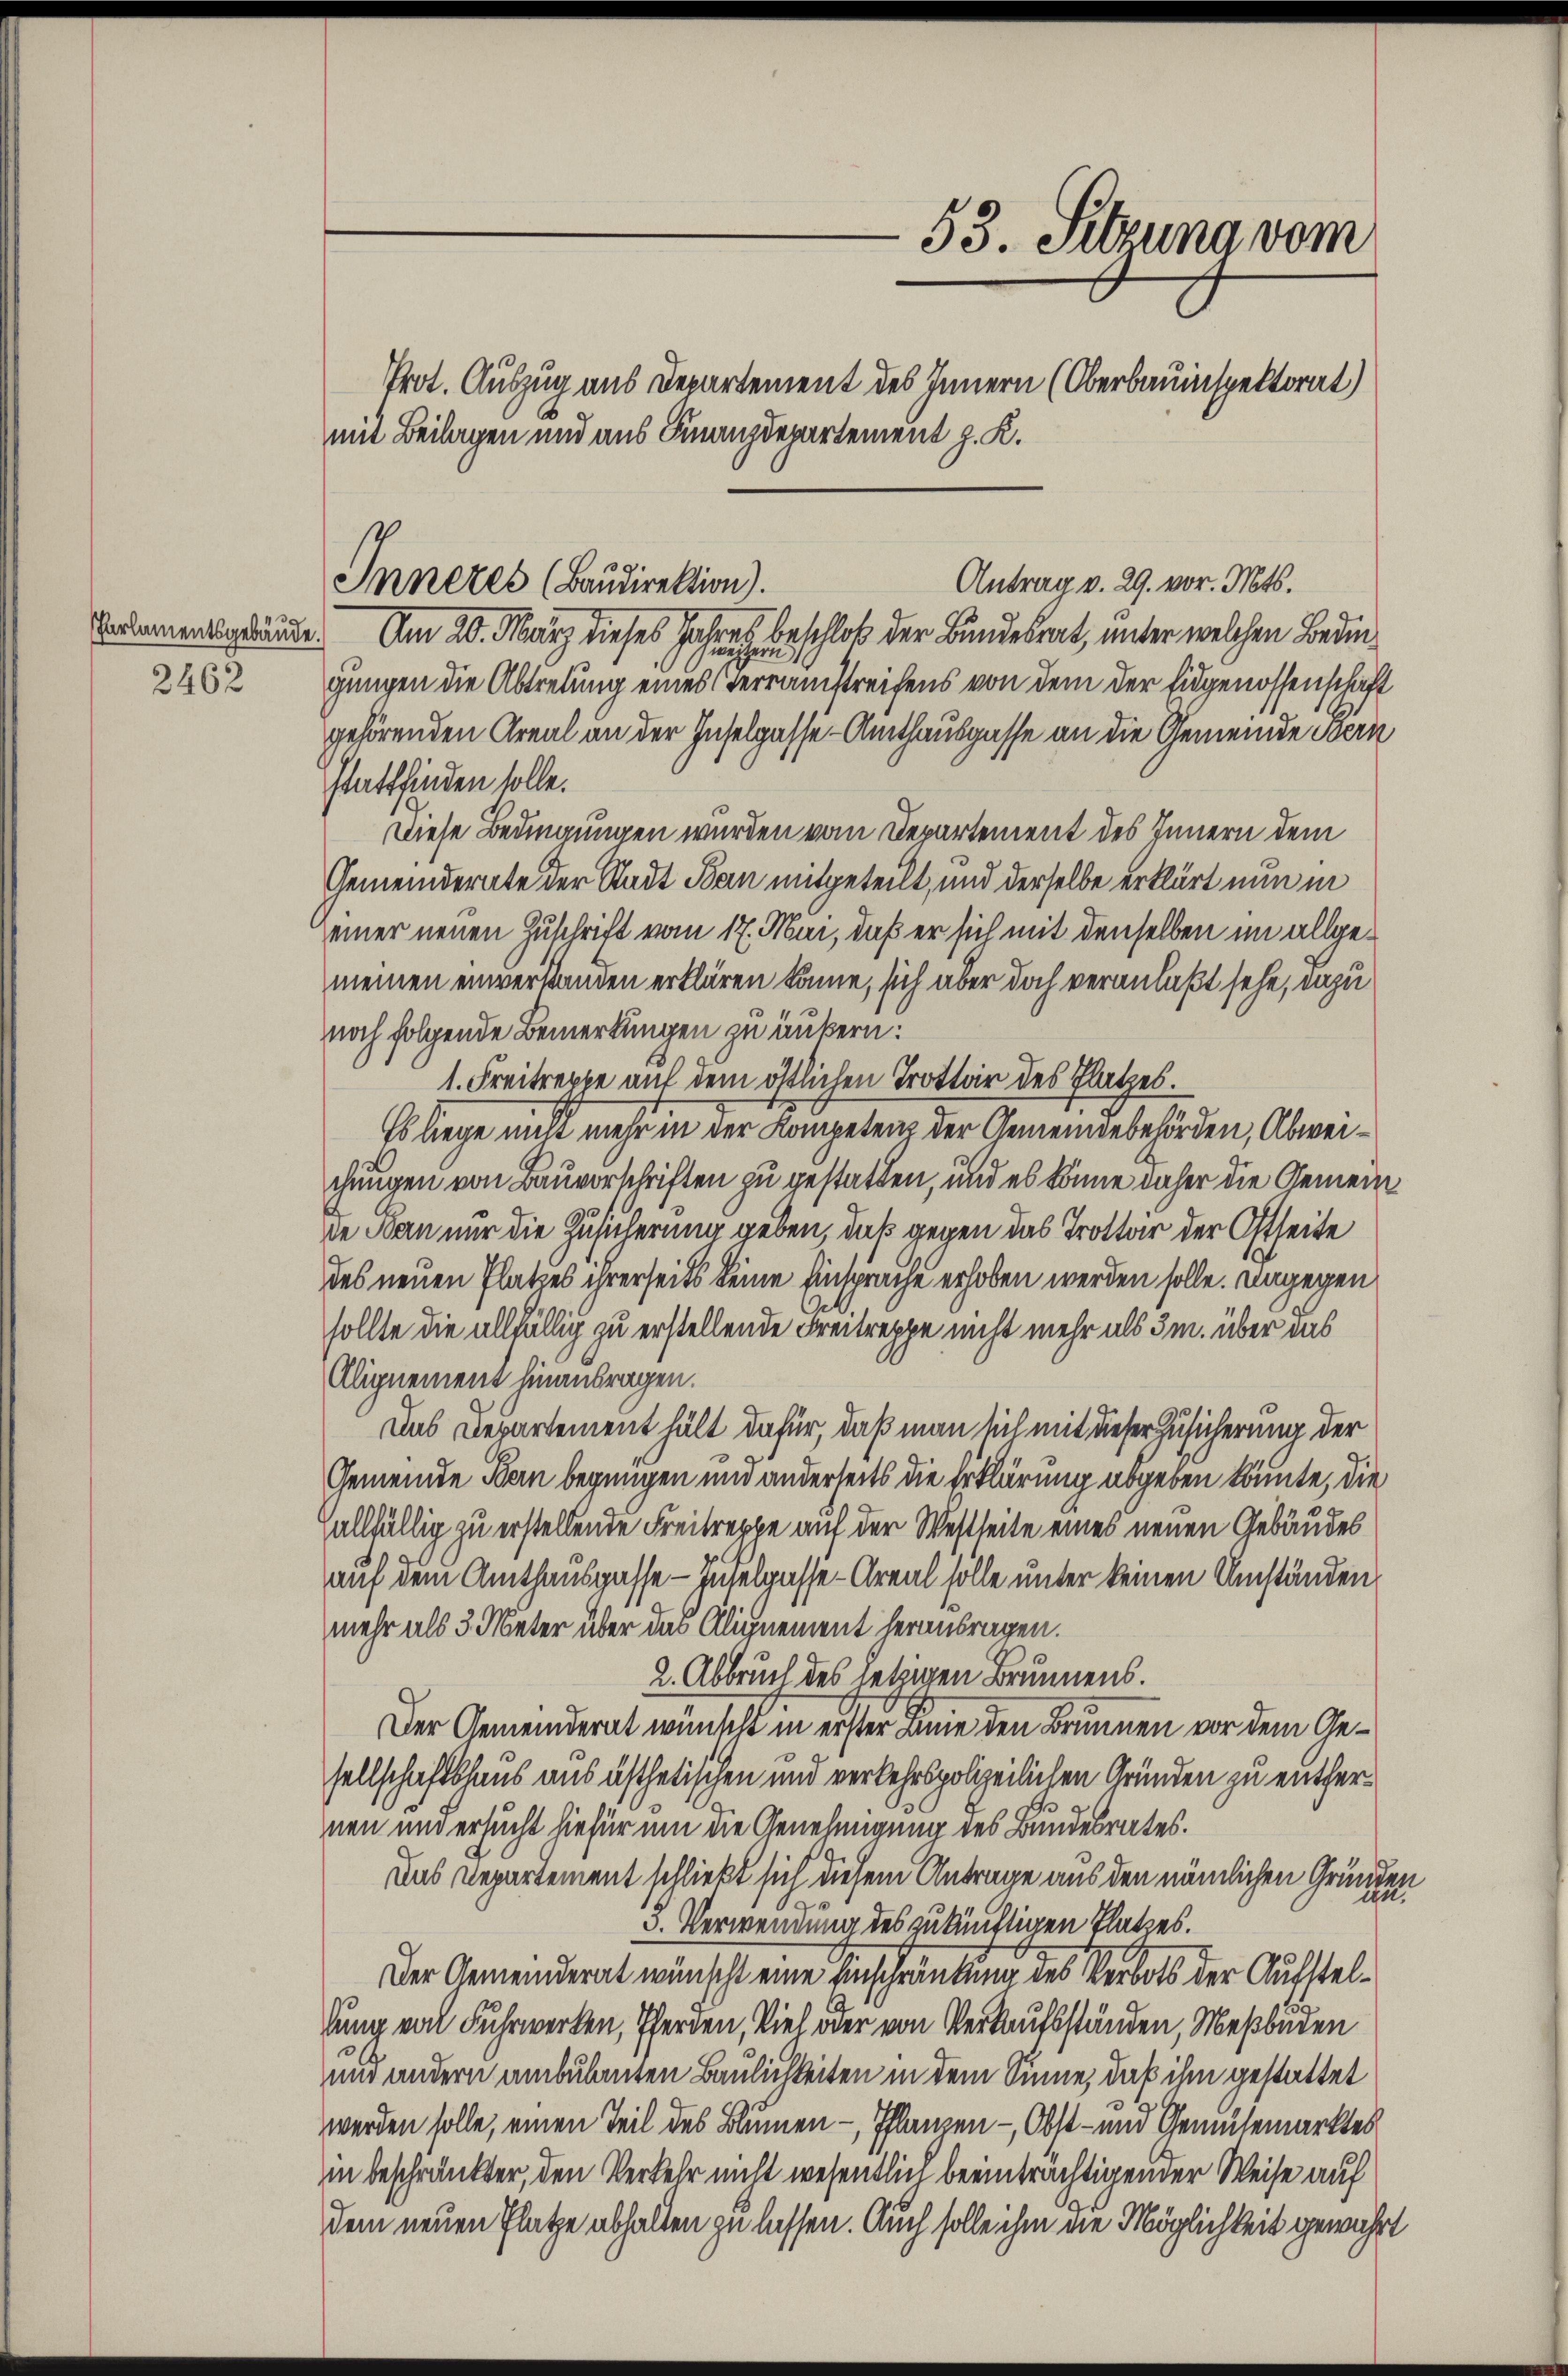
2462

mit Beilagen und aus Finanzdepartement z. K.

53. Sitzung vom
Prot. Auszug aus Departement des Innern (Oberbauinspektorat)

Erdamentsgebäude. Am 20. März dieses Jahres beschloß der Bundesrat, unter welchen Bedingungen die Abtretung eines Terrainstreichens von dem der Eidgenossenschaft
gehörenden Areal an der Inselgasse-Amthausgasse an die Gemeinde Bern
stattfinden solle.
Diese Bedingungen wurden vom Departement des Innern dem
Gemeindernte der Stadt Ban mitgeteilt, und derselbe erklärt nun in
einer neuen Zuschrift vom 17. Mai, daß er sich mit denselben im allgemeinen einverstanden erklären könne, sich aber doch veranlaßt sehe, dazu
noch folgende Bemerkungen zu untern:
1. Freitreppe auf dem östlichen Trottoir des Platzes.
Es liege nicht mehr in der Kompeten der Gemeindebehörden, Abweichungen von Bauvorschriften zu gestatten, und es könne daher die Gemeinde Bau nur die Zusicherung geben, daß gegen das Trottor der Ostseite
des neuen Platzes ihrerseits keine Einsprache erhoben werden solle. Dagegen
sollte die allfällig zu erstellende Freitreppe nicht mehr als 3m. über das
Alignement hinausragen.
Das Departement hält dafür, daß man sich mit dieser Zusicherung der
Gemeinde Bern begnügen und anderseits die Erklärung abgeben könnte, die
allfällig zu erstellende Freitreppe auf der Westseite eines neuen Gebäudes
auf dem Amthausgasse - Zuselgasse - Areal solle unter keinen Umständen
mehr als 3 Meter über das Alignement herausragen.
2. Abbruch des letzigen Brunnens.
Der Gemeinderat wünscht in erster Linie den Brunnen vor dem Gesellschaftshaus aus ästhetischen und verkehrspolizeilichen Gründen zu entfernen und ersucht hiefür um die Genehmigung des Bundesrates.
Das Departement schließt sich diesem Antrage aus den nämlichen Gründen
.
5. Verwendung des zukünftigen Platzes.
Der Gemeinderat wünscht eine Einschränkung des Verbots der Aufsteldung von Fuhrwerken, Pferden, Viel oder von Verkaufsständen, Meßbuden
und andern ambulanten Baulichkeiten in dem Sinne, daß ihm gestattet
werden solle, einen Teil des Blumen -, Pflanzen -, Obst- und Gemüsemarktes
in beschränkter, den Verkehr nicht wesentlich beeinträchtigen der Weise auf
dem neuen Platze abhalten zu lassen. Auch solle ihm die Möglichkeit gewährt

Antrag v. 29. vor. Mts.
Inneres (Baudirektion).